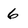
Character: 6